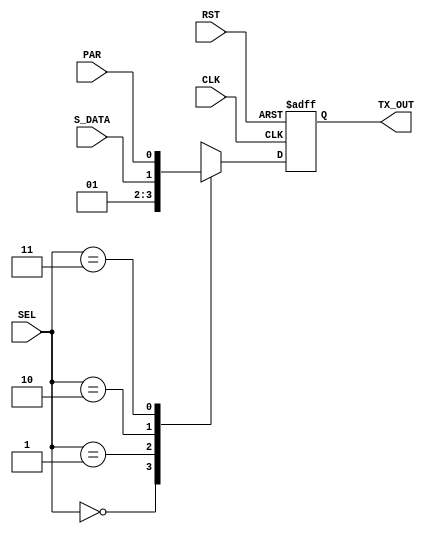
module MUX #(parameter start_bit=0 , stop_bit=1) (
  input wire RST,
  input wire CLK,
  input wire [1:0] SEL,
  input wire PAR,
  input wire S_DATA,
  output reg TX_OUT
  );
always @ (posedge CLK or negedge RST)
begin
  if(!RST)
    TX_OUT<='b1;
  else
    begin
  case (SEL)
    'b00:TX_OUT<=start_bit;
    'b01:TX_OUT<=stop_bit;
    'b10:TX_OUT<=S_DATA;
    'b11:TX_OUT<=PAR;
  endcase
  end
  
end

endmodule